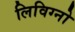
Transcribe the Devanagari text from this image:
लिविग्नो